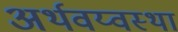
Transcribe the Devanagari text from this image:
अर्थवय्वस्था